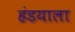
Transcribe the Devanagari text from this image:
हंडयाला